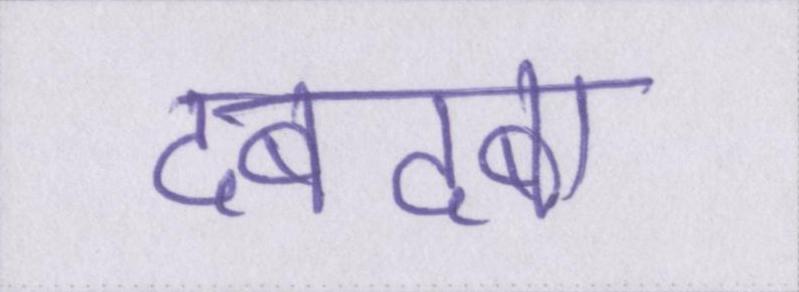
दबदबा